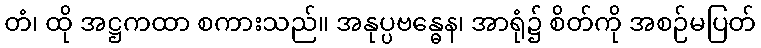
တံ၊ ထို အဋ္ဌကထာ စကားသည်။ အနုပ္ပဗန္ဓေန၊ အာရုံ၌ စိတ်ကို အစဉ်မပြတ်